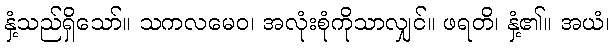
နှံ့သည်ရှိသော်။ သကလမေဝ၊ အလုံးစုံကိုသာလျှင်။ ဖရတိ၊ နှံ့၏။ အယံ၊